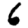
Digit: 6